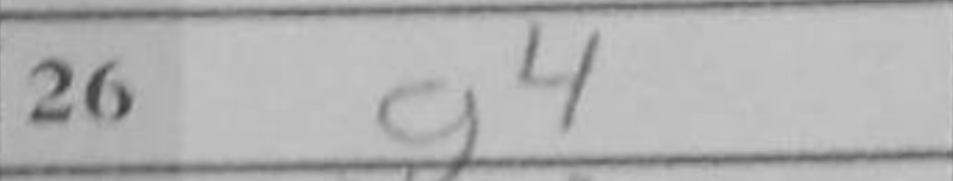
Transcription: g4